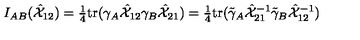
I _ { A B } ( \hat { { \cal X } } _ { 1 2 } ) = \textstyle { \frac { 1 } { 4 } } \mathrm { t r } ( \gamma _ { A } \hat { { \cal X } } _ { 1 2 } \gamma _ { B } \hat { { \cal X } } _ { 2 1 } ) = \textstyle { \frac { 1 } { 4 } } \mathrm { t r } ( \tilde { \gamma } _ { A } \hat { { \cal X } } _ { 2 1 } ^ { - 1 } \tilde { \gamma } _ { B } \hat { { \cal X } } _ { 1 2 } ^ { - 1 } )